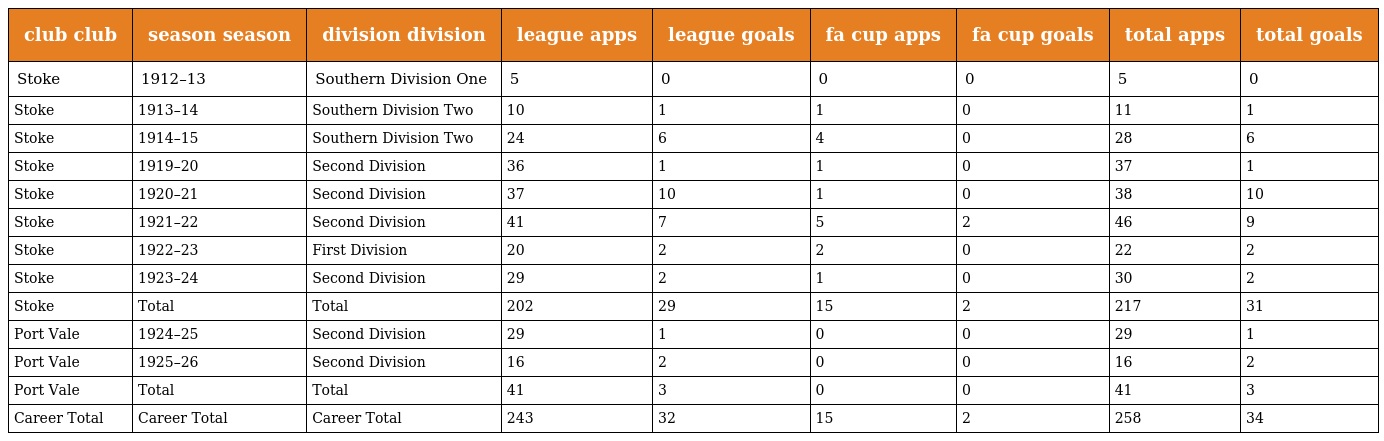
| club club | season season | division division | league apps | league goals | fa cup apps | fa cup goals | total apps | total goals |
 | --- | --- | --- | --- | --- | --- | --- | --- | --- |
 | Stoke | 1912–13 | Southern Division One | 5 | 0 | 0 | 0 | 5 | 0 |
 | Stoke | 1913–14 | Southern Division Two | 10 | 1 | 1 | 0 | 11 | 1 |
 | Stoke | 1914–15 | Southern Division Two | 24 | 6 | 4 | 0 | 28 | 6 |
 | Stoke | 1919–20 | Second Division | 36 | 1 | 1 | 0 | 37 | 1 |
 | Stoke | 1920–21 | Second Division | 37 | 10 | 1 | 0 | 38 | 10 |
 | Stoke | 1921–22 | Second Division | 41 | 7 | 5 | 2 | 46 | 9 |
 | Stoke | 1922–23 | First Division | 20 | 2 | 2 | 0 | 22 | 2 |
 | Stoke | 1923–24 | Second Division | 29 | 2 | 1 | 0 | 30 | 2 |
 | Stoke | Total | Total | 202 | 29 | 15 | 2 | 217 | 31 |
 | Port Vale | 1924–25 | Second Division | 29 | 1 | 0 | 0 | 29 | 1 |
 | Port Vale | 1925–26 | Second Division | 16 | 2 | 0 | 0 | 16 | 2 |
 | Port Vale | Total | Total | 41 | 3 | 0 | 0 | 41 | 3 |
 | Career Total | Career Total | Career Total | 243 | 32 | 15 | 2 | 258 | 34 |